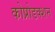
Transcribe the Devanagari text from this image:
कोप्रोडक्शन